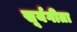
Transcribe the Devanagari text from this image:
सूर्यगीता